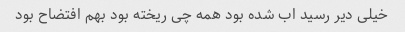
خیلی دیر رسید ‌اب شده بود همه چی ریخته بود بهم افتضاح بود